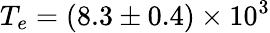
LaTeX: T_{e}=(8.3\pm 0.4)\times 10^{3}